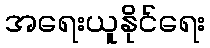
အရေးယူနိုင်ရေး